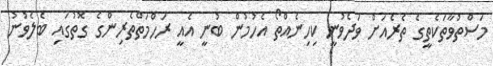
މަސްތުވާތަކެތީގެ ތެެރެއަށް ވަދެވުނީ ކިހިނެއްތޯ އެހުމުން ބުނީ އެއީ ރަހްމަތްތެރިންގެ ގޮތުގައި ބެލެވުނު